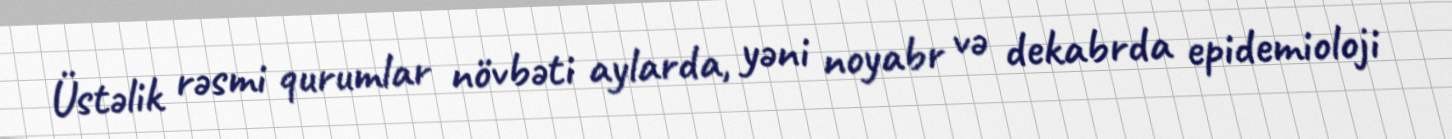
Üstəlik rəsmi qurumlar növbəti aylarda, yəni noyabr və dekabrda epidemioloji